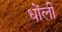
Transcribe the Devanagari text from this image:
धोंली